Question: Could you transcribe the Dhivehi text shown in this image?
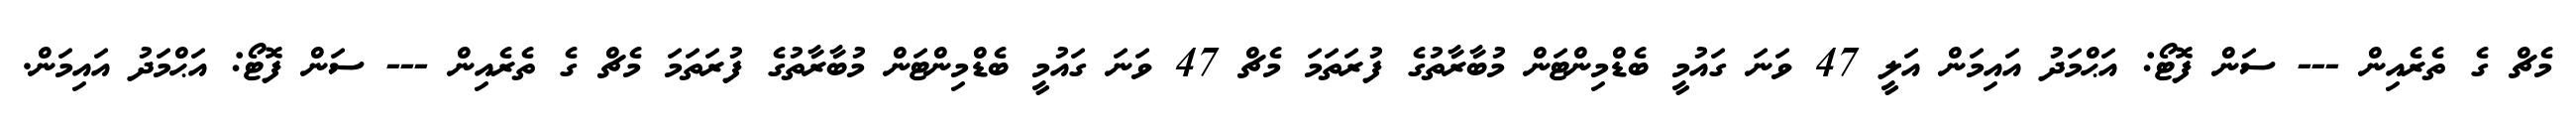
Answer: މެޗް ގެ ތެރެއިން --- ސަން ފޮޓޯ: އަޙްމަދު އައިމަން އަލީ 47 ވަނަ ގައުމީ ބެޑްމިންޓަން މުބާރާތުގެ ފުރަތަމަ މެޗް 47 ވަނަ ގައުމީ ބެޑްމިންޓަން މުބާރާތުގެ ފުރަތަމަ މެޗް ގެ ތެރެއިން --- ސަން ފޮޓޯ: އަޙްމަދު އައިމަން.